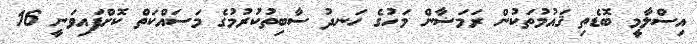
އިސްލާމީ ބޮޑެތި ޤައުމުތަކުން ރަމަޟާން މަހުގެ ހަނދު ސާބިތުކުރުމުގެ މަސައްކަތް ކޮށްފައިވަނީ 16